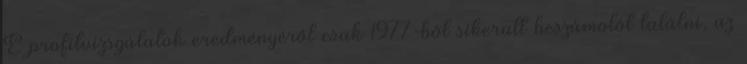
E profitvizsgálatok eredményéről csak 1977-ből sikerült beszámolót találni, az